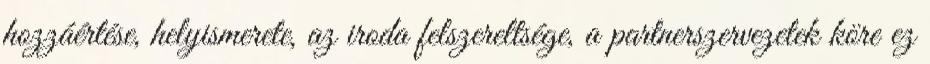
hozzáértése, helyismerete, az iroda felszereltsége, a partnerszervezetek köre ez